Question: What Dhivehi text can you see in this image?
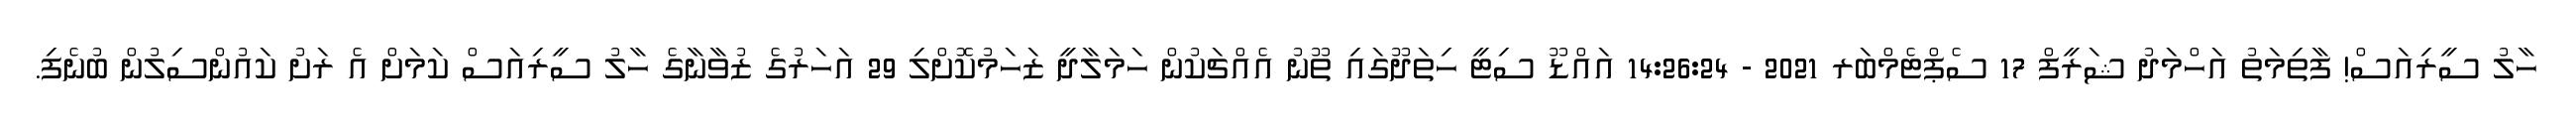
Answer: ހާލު ސީރިއަސް! ފާތިމަތު އަހްމަދު ޝަރީފް 17 ސެޕްޓެމްބަރ 2021 - 14:26:24 އައްޑޫ ސިޓީ ހިތަދޫގައި ތޫނު އެއްޗަކުން ހަމަލާދީ ޒަހަމުކޮށްލި 29 އަހަރުގެ ޒުވާނާގެ ހާލު ސީރިއަސް ކަމަށް އެ ރަށު ކައުންސިލުން ބުނެފި.